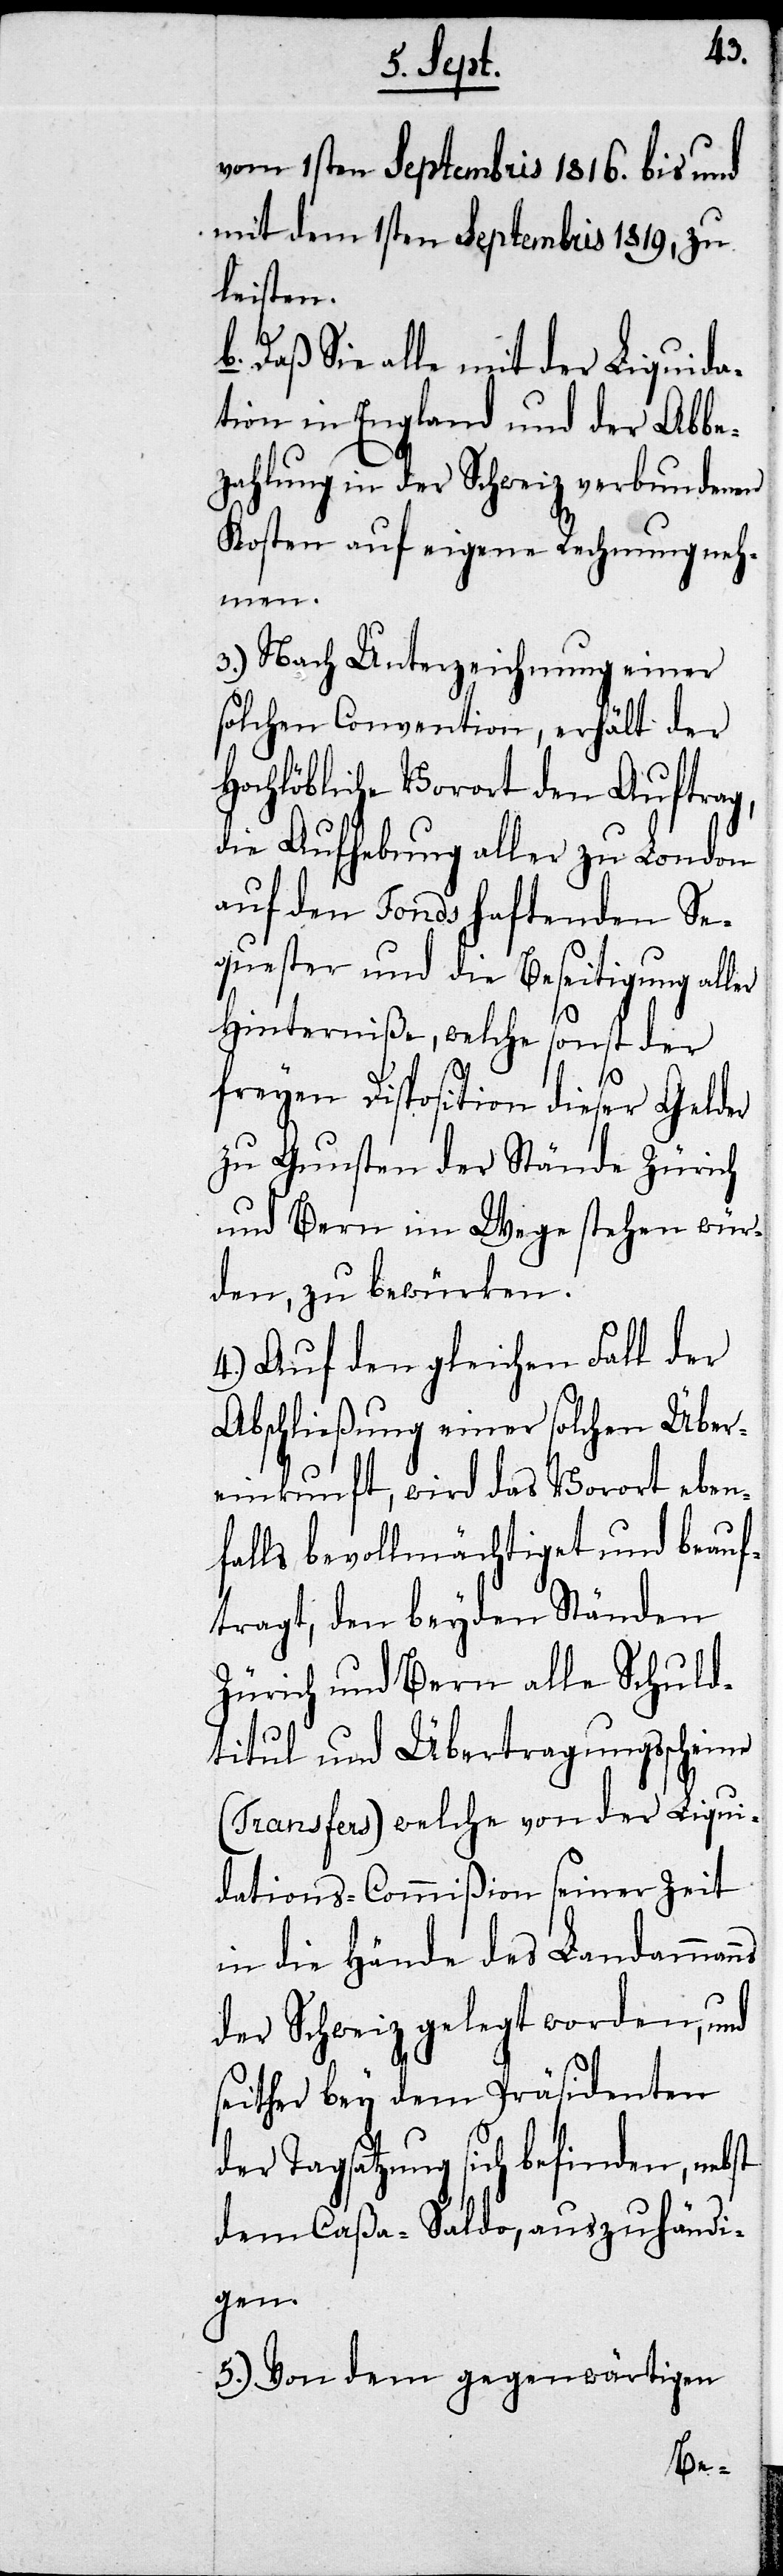
ns
vom 1sten Septembris 1816. bis und
mit dem 1sten Septembris 1819. zu
leisten.
Daß Sie alle mit der Liquida¬
tion in England und der Abbe¬
zahlung in der Schweiz verbundenen
Kosten auf eigene Rechnung neh¬
men.
3.) Nach Unterzeichnung einer
solchen Convention, erhält der
Hochlöbliche Vorort den Auftrag,
die Aufhebung aller zu London
auf den Fonds haftenden Se¬
quester und die Beseitigung aller
Hinterniße, welche sonst der
freyen Disposition dieser Gelder
zu Gunsten der Stände Zürich
und Bern im Wege stehen wür¬
den, zu bewürken.
4.) Auf den gleichen Fall der
Abschließung einer solchen Über¬
einkunft, wird das Vorort eben¬
falls bevollmächtiget und beauf¬
tragt, den beyden Ständen
Zürich und Bern alle Schuld¬
titul und Übertragungsscheine
(Transfers) welche von der Liqui¬
dations-Commißion seiner Zeit
in die Hände des Landamman¬
der Schweiz gelegt worden, und
seither bey dem Präsidenten
der Tagsatzung sich befinden, nebst
dem Caßa-Saldo, auszuhändi¬
gen.
5.) Von dem gegenwärtigen